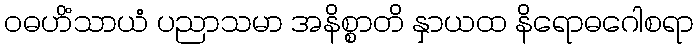
ဝဓဟိံသာယံ ပညာသမာ အနိစ္စာတိ နှာယထ နိရောဓဂေါစရာ